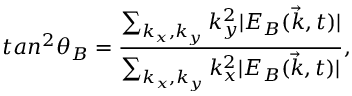
t a n ^ { 2 } \theta _ { B } = \frac { \sum _ { k _ { x } , k _ { y } } k _ { y } ^ { 2 } | E _ { B } ( \vec { k } , t ) | } { \sum _ { k _ { x } , k _ { y } } k _ { x } ^ { 2 } | E _ { B } ( \vec { k } , t ) | } ,